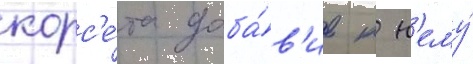
корс'е́та доба́в'ив к н'ему́